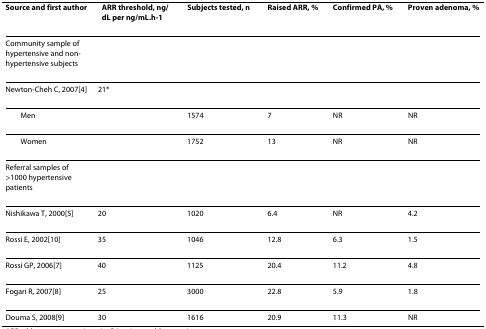
<table><thead><tr><td><b>Source and first author</b></td><td><b>ARR threshold, ng/dL per ng/mL.h<sup>-1</sup></b></td><td><b>Subjects tested, n</b></td><td><b>Raised ARR, %</b></td><td><b>Confirmed PA, %</b></td><td><b>Proven adenoma, %</b></td></tr></thead><tbody><tr><td>Community sample of hypertensive and non-hypertensive subjects</td><td></td><td></td><td></td><td></td><td></td></tr><tr><td>Newton-Cheh C, 2007[4]</td><td>21*</td><td></td><td></td><td></td><td></td></tr><tr><td> Men</td><td></td><td>1574</td><td>7</td><td>NR</td><td>NR</td></tr><tr><td> Women</td><td></td><td>1752</td><td>13</td><td>NR</td><td>NR</td></tr><tr><td>Referral samples of &gt;1000 hypertensive patients</td><td></td><td></td><td></td><td></td><td></td></tr><tr><td>Nishikawa T, 2000[5]</td><td>20</td><td>1020</td><td>6.4</td><td>NR</td><td>4.2</td></tr><tr><td>Rossi E, 2002[10]</td><td>35</td><td>1046</td><td>12.8</td><td>6.3</td><td>1.5</td></tr><tr><td>Rossi GP, 2006[7]</td><td>40</td><td>1125</td><td>20.4</td><td>11.2</td><td>4.8</td></tr><tr><td>Fogari R, 2007[8]</td><td>25</td><td>3000</td><td>22.8</td><td>5.9</td><td>1.8</td></tr><tr><td>Douma S, 2008[9]</td><td>30</td><td>1616</td><td>20.9</td><td>11.3</td><td>NR</td></tr></tbody></table>